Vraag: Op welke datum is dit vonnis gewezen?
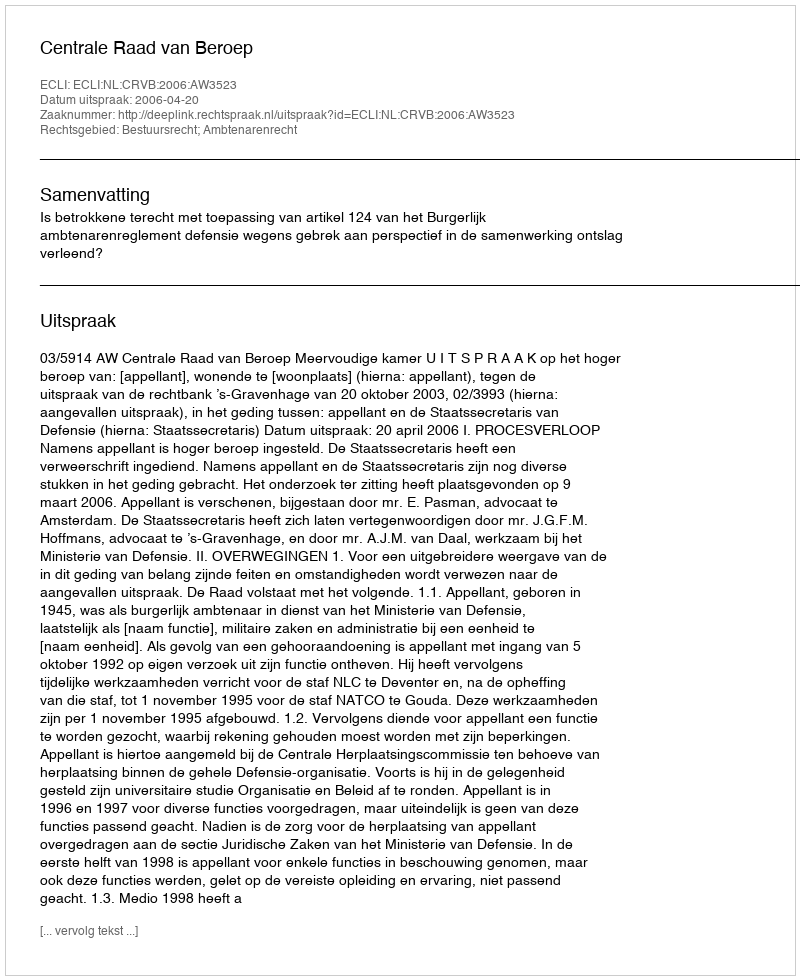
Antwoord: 2006-04-20